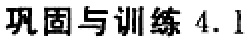
巩固与训练 4.1